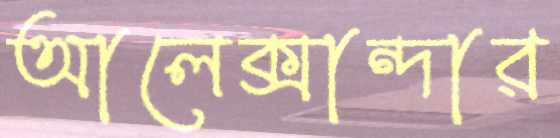
আলেক্সান্দার